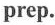
prep.